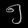
Digit: ၅